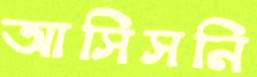
আসিসনি